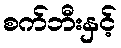
စက်ဘီးနှင့်